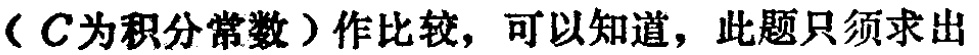
（\(C\)为积分常数）作比较，可以知道，此题只须求出